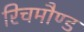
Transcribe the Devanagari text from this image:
रिचमौण्ड